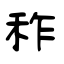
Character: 秨